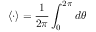
\left\langle \boldsymbol { \cdot } \right\rangle = \frac { 1 } { 2 \pi } \int _ { 0 } ^ { 2 \pi } d \theta